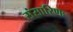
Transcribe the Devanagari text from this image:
संसारिणः